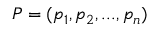
P = ( p _ { 1 } , p _ { 2 } , . . . , p _ { n } )